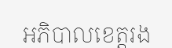
អភិបាលខេត្តរង